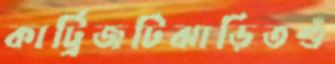
কার্ট্রিজটিঝাড়িতশুঁ